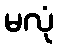
မလုံ